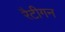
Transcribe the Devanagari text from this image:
रैटीगन